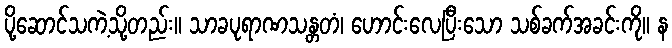
ပို့ဆောင်သကဲ့သို့တည်း။ သာခပုရာဏသန္တတံ၊ ဟောင်းလေပြီးသော သစ်ခက်အခင်းကို။ န